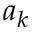
a _ { k }